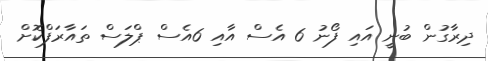
ދިރާގުން ބުނީ އައި ފޯނު 6 އެސް އާއި 6އެސް ޕްލަސް ތައާރަފްކޮށް